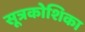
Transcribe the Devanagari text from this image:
सूत्रकोशिका